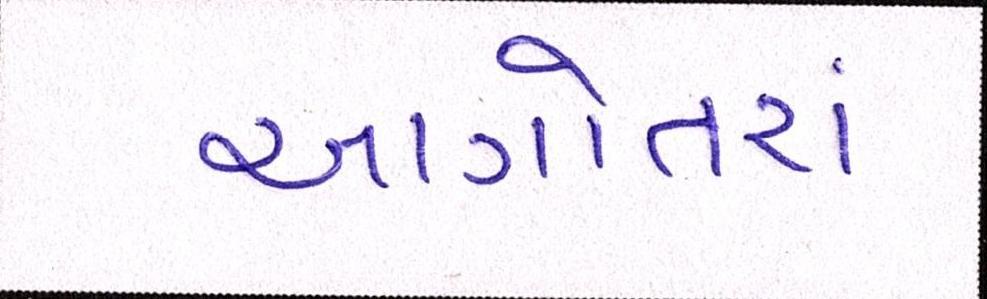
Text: આગોતરાં